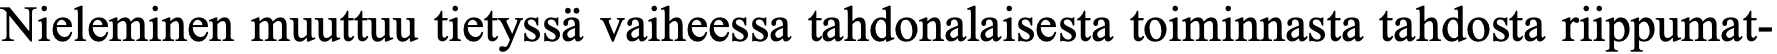
Nieleminen muuttuu tietyssä vaiheessa tahdonalaisesta toiminnasta tahdosta riippumat-